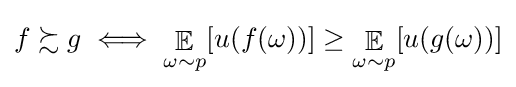
f\succsim g\iff \mathop {\mathbb {E} } _{\omega \sim p}[u(f(\omega ))]\geq \mathop {\mathbb {E} } _{\omega \sim p}[u(g(\omega ))]